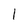
Character: 1